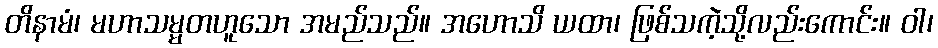
တိနာမံ၊ မဟာသမ္မတဟူသော အမည်သည်။ အဟောသိ ယထာ၊ ဖြစ်သကဲ့သို့လည်းကောင်း။ ဝါ၊